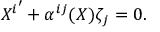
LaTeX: { X ^ { i } } ^ { \prime } + \alpha ^ { i j } ( X ) \zeta _ { j } = 0 .